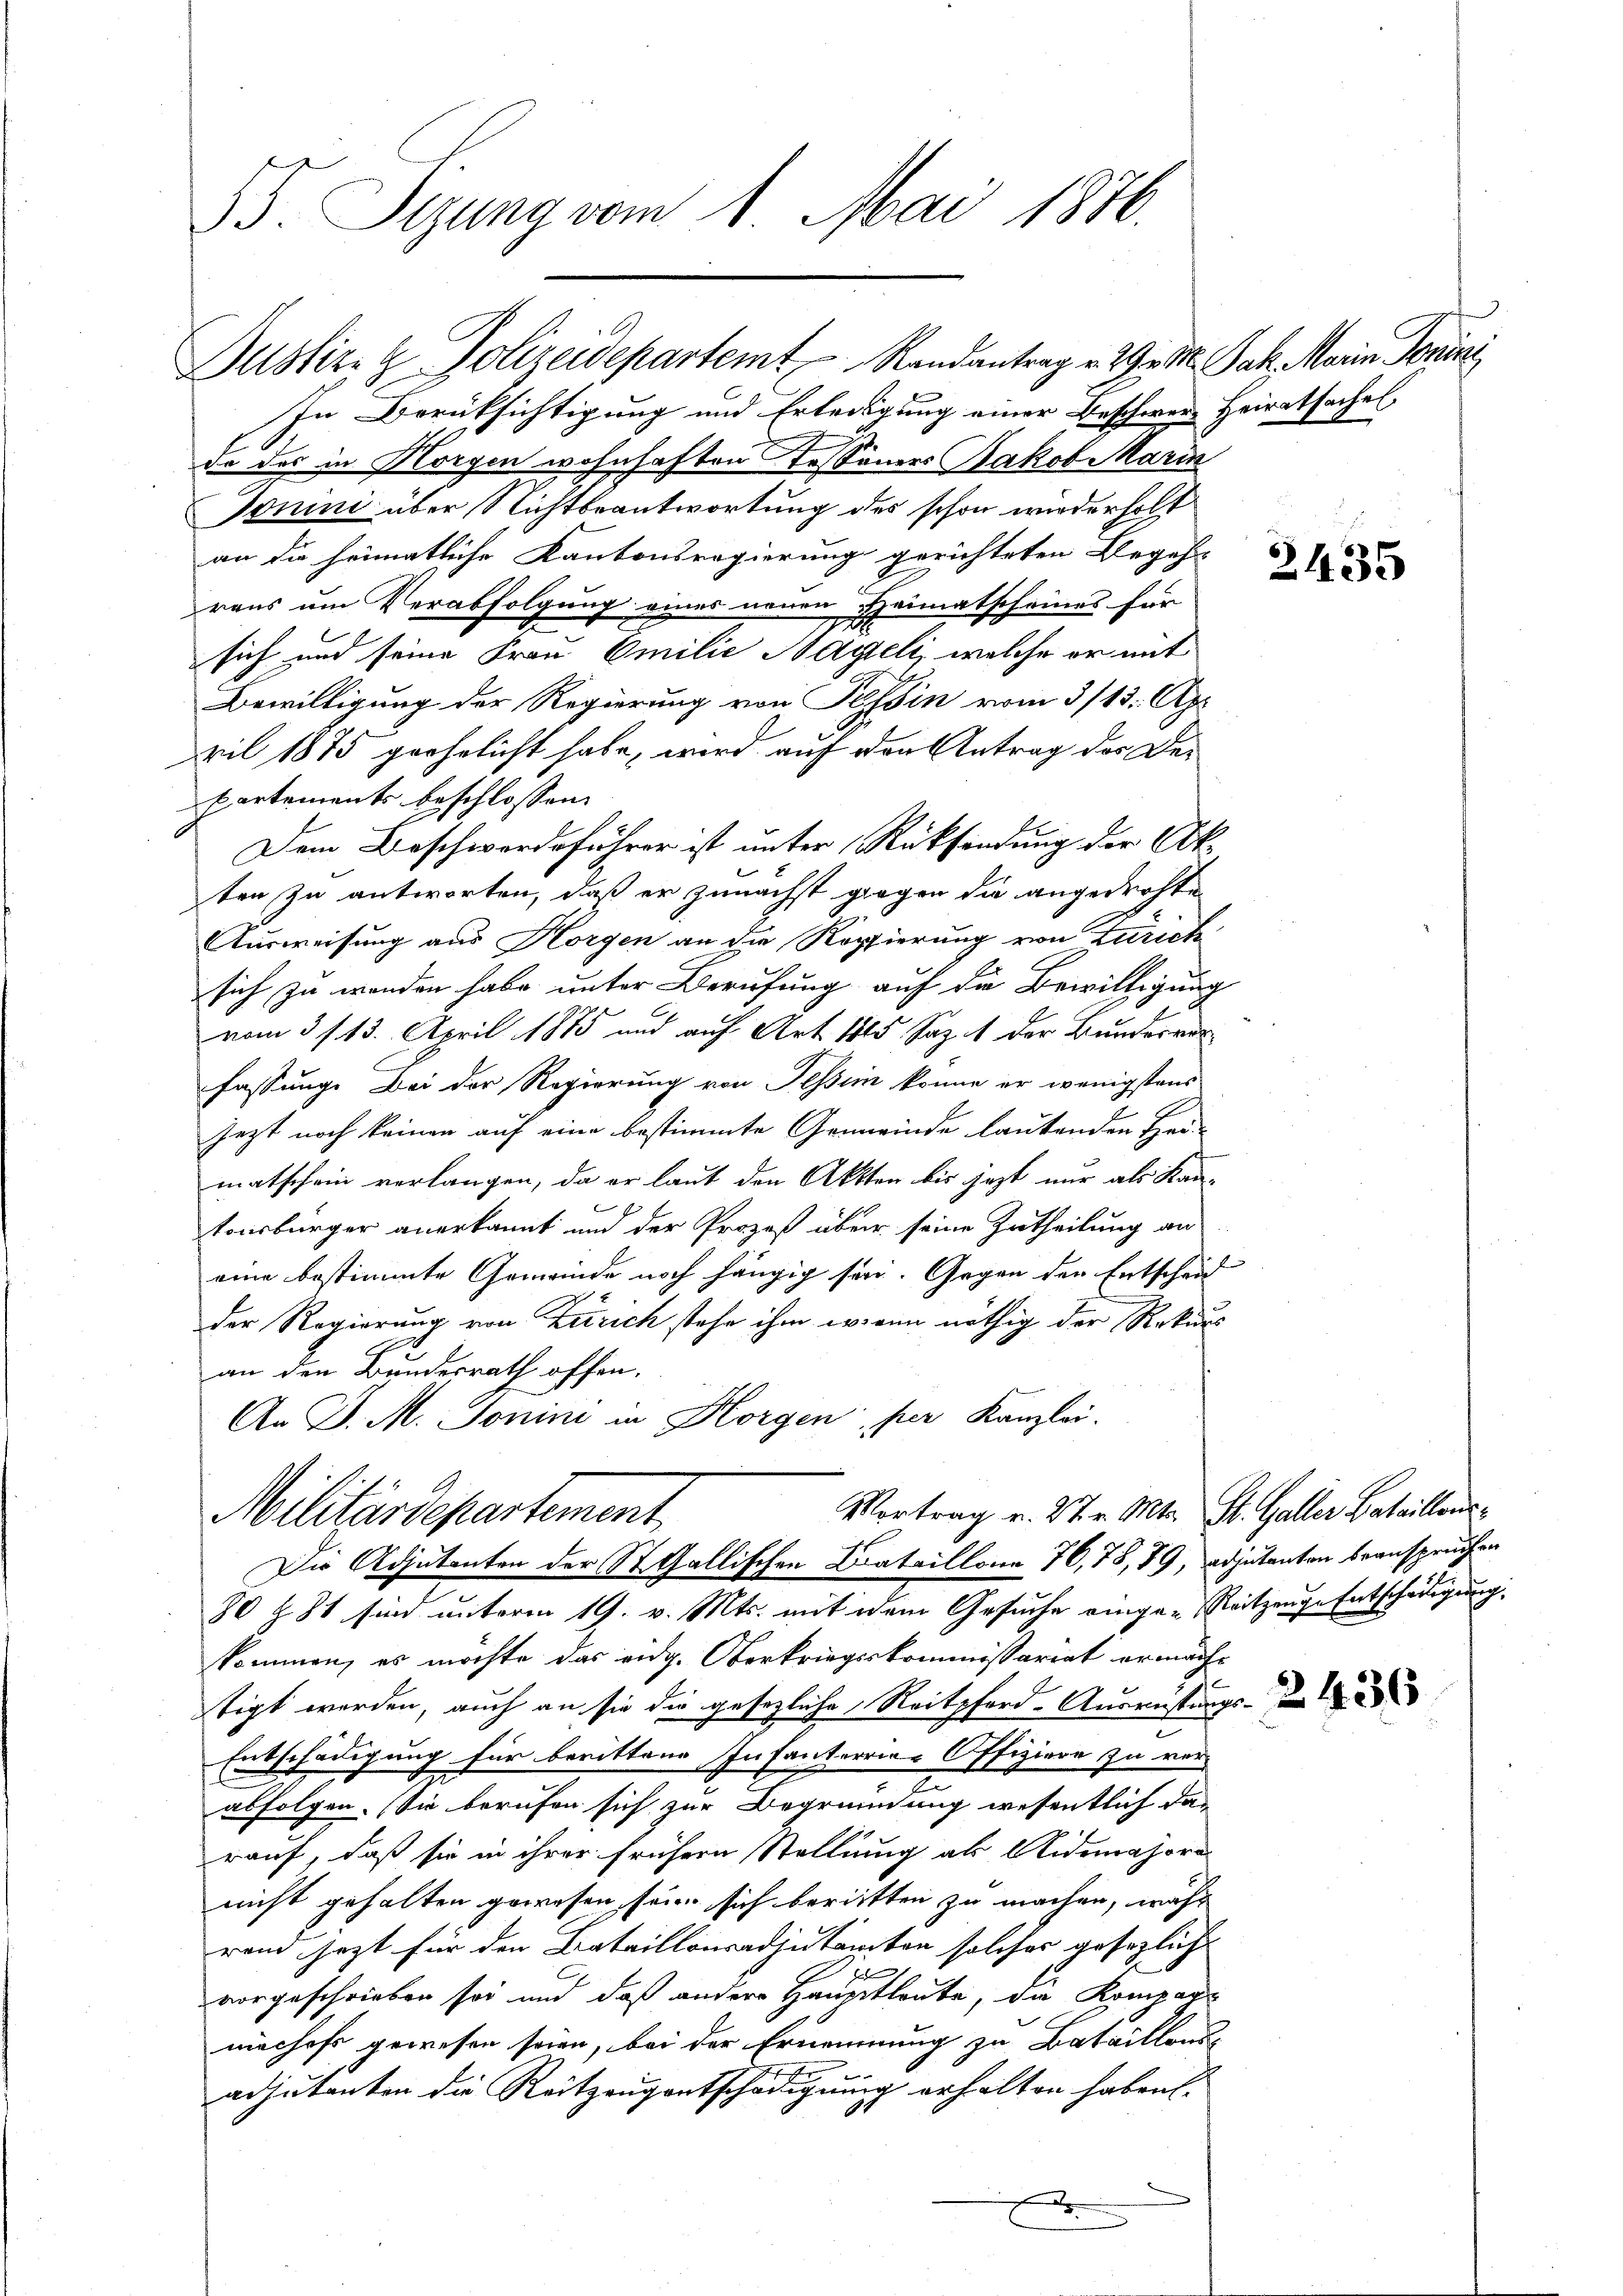
B. Sizung vom 1. Mai 1876.

Justiz- & Polizeidepartemt  Randantrag v. 29. M. Jak. Marie Torni
In Berücksichtigung und Erledigung einer Beschwere Heiratsachel
da das in Horgen wohnhaften Tessauers Jakob Marin
Tonini über Nichtbeantwortung des schon wiederholt
an die heimatliche Kantonsregierung gerichteten Begeh-
raus um Verabfolgung eines neuen Heimatscheines für
.
sich und seine Frau Emilie Hageli, welche er mit
Bewilligung der Regierung von Tessin vom 3/13. Apr
ril 1875 geehrlicht habe, wird auf den Antrag der Dekartements beschlossen:
Dem Beschwerdeführer ist unter Rücksendung der Ak
ten zu antworten, daß er zunächst gegen die angedrohte
Ausweisung aus Horgen an die Kopierung von Zürich
sich zu werden habe unter Berufung auf die Bewilligung
vom 31. 13. April 1885 und auf Art 1815 Sazit der Bundesverfassung. Bei der Regierung von Tessin könne er wenigstens
jezt noch keinen auf eine bestimmte Gemeinde lautenden Hei-
matschein verlangen, da er laut den Akten bis jezt nur als Kantonsbürger anerkannt und der Prozeß über seine Zutheilung an
eine bestimmte Gemeinde noch hängig sei. Gegen den Entscheid
der Regierung von Zürich stehe ihm wenn nöthig der Rekurs
an den Bundesrath offen.
An D. M. Tonini in Horgen, per Kanzlei.
Vortrag u. 27. v. Mts. St. Galler Bataillons
Militärdepartement
Die Adjutanten der St. Gallischen Bataillone 76, 78, 89, adjutanten beanspruchen
80 § 81 sind unterm 19. v. Mts. mit dem Gesuche einge- Reitzenge Entschädigung.
kommen, es möchte das eidg. Oberkriegskommissariat ermächt
tigt werden, auch an sie die gesezliche Reitpford-Ausrüstungs-
Entschädigung für berittene Infanterrier Offiziere zu ver-
abfolgen. Sie berufen sich zur Begründung wesentlich das
rauf, daß sie in ihrer frühern Stellung als Aidemajore
nicht gehalten gewesen, sein sich beritten zu machen, wahr
rand jezt für den Bataillonsadjutanten solches gesezlich
vorgeschrieben sei und daß andere Hauptleute, die Kompagmachofs gewesen seien, bei der Ernennung zu Bataillons
adjutanten die Reitzeugentschädigung erhalten haben.
.

2435